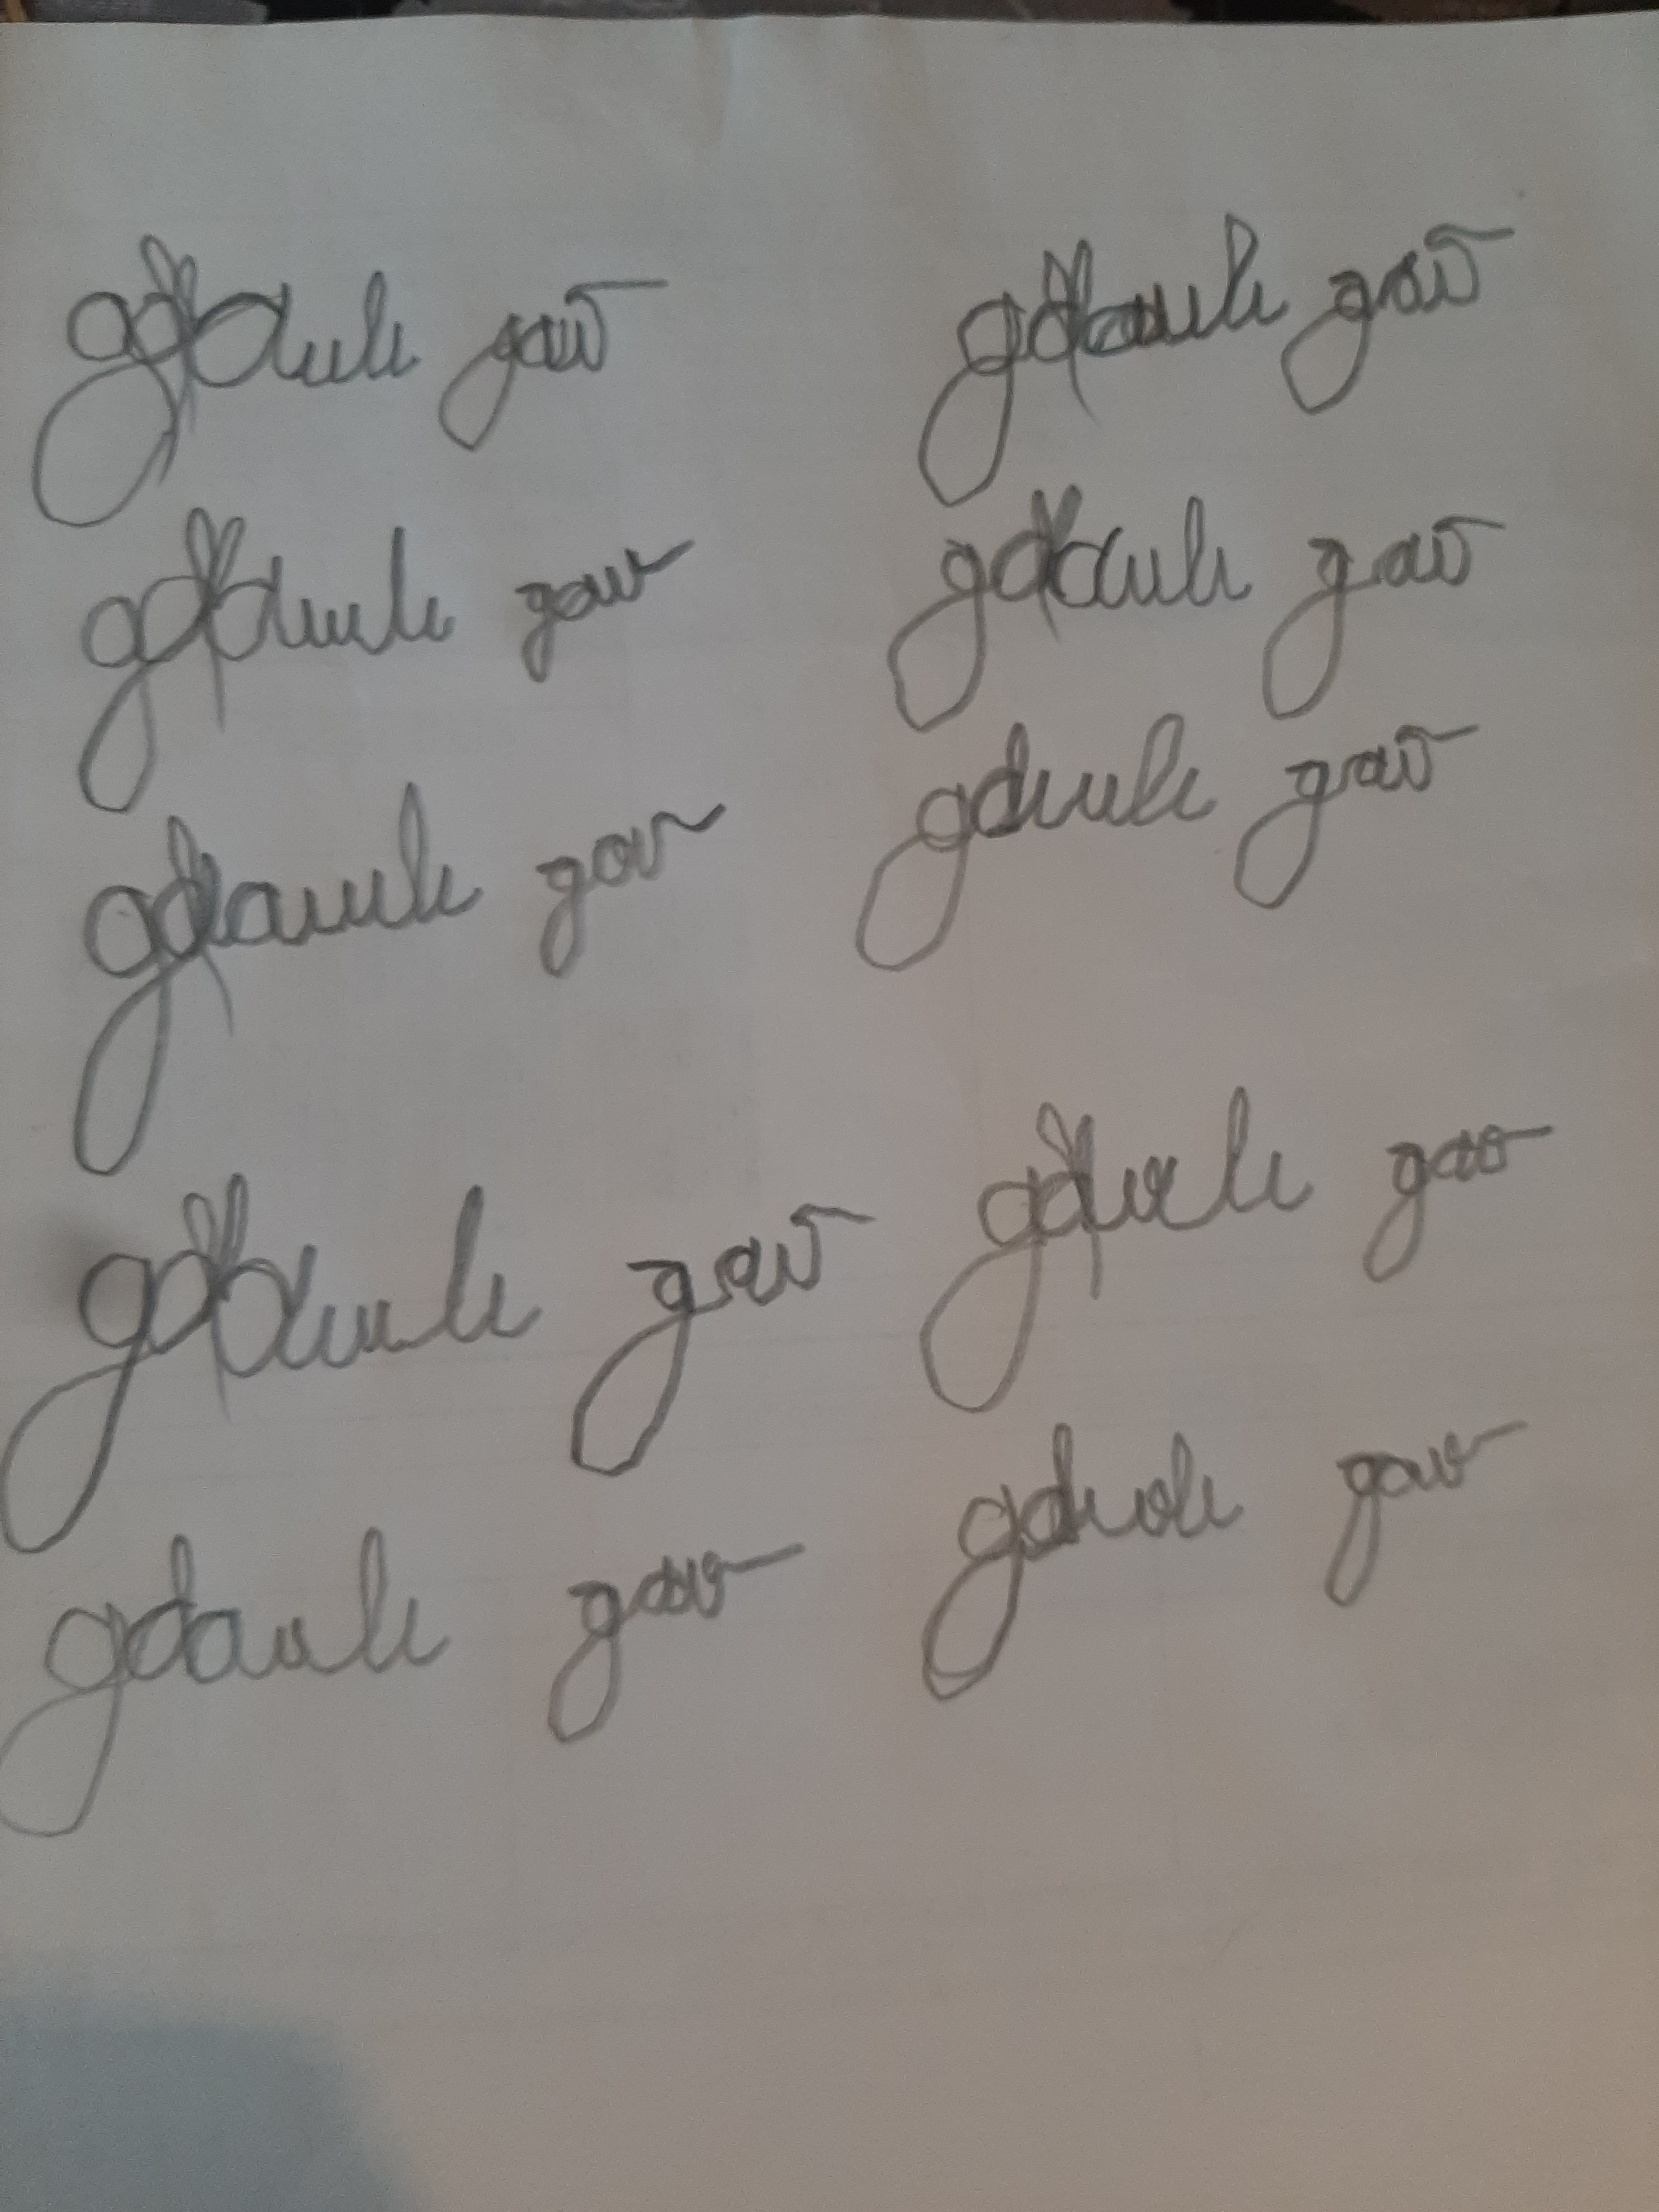
Signature authenticity: forged